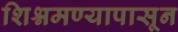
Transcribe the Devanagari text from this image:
शिश्नमण्यापासून